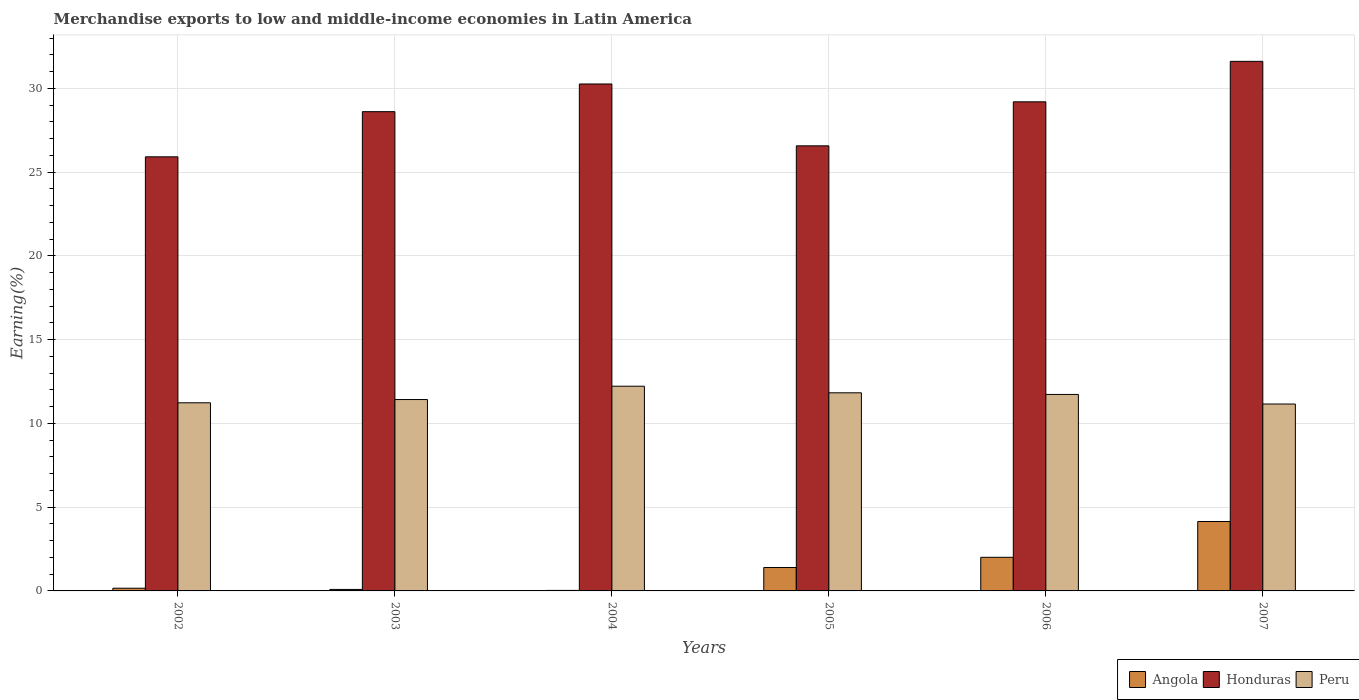
| Years | Angola | Honduras | Peru |
 | --- | --- | --- | --- |
 | 2002 | 0.162 | 25.9 | 11.2 |
 | 2003 | 0.0888 | 28.6 | 11.4 |
 | 2004 | 0.0315 | 30.3 | 12.2 |
 | 2005 | 1.4 | 26.6 | 11.8 |
 | 2006 | 2.01 | 29.2 | 11.7 |
 | 2007 | 4.14 | 31.6 | 11.2 |